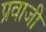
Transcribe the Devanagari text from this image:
प्रवाजी